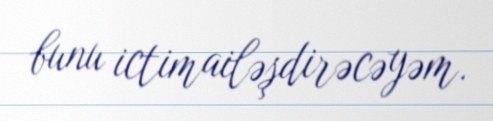
bunu ictimailəşdirəcəyəm.